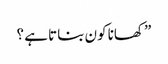
” کھانا کون بناتا ہے ؟